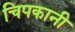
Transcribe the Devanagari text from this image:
चिपकानी